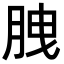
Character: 𦛈